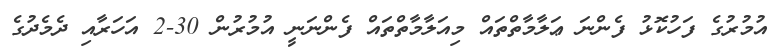
އުމުރުގެ ފަހުކޮޅު ފެންނަ ޢަލާމާތްތައް މިއަލާމާތްތައް ފެންނަނީ އުމުރުން 30-2 އަހަރާއި ދެމެދުގެ